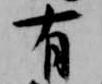
有